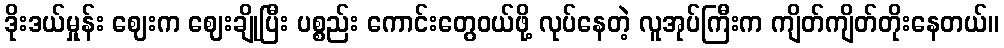
ဒိုးဒယ်မှုန်း ဈေးက ဈေးချိုပြီး ပစ္စည်း ကောင်းတွေဝယ်ဖို့ လုပ်နေတဲ့ လူအုပ်ကြီးက ကျိတ်ကျိတ်တိုးနေတယ်။